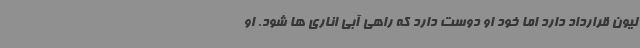
لیون قرارداد دارد اما خود او دوست دارد که راهی آبی اناری ها شود. او